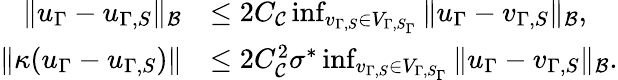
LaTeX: \begin{array}{rl}{\| u_{\Gamma}-u_{\Gamma,S}\| _{\mathcal{B}}}&{\leq 2C_{\mathcal{C}}\operatorname*{inf}_{v_{\Gamma,S}\in V_{\Gamma,S_{\Gamma}}}\| u_{\Gamma}-v_{\Gamma,S}\| _{\mathcal{B}},}\\ {\| \kappa(u_{\Gamma}-u_{\Gamma,S})\| }&{\leq 2C_{\mathcal{C}}^{2}\sigma^{*}\operatorname*{inf}_{v_{\Gamma,S}\in V_{\Gamma,S_{\Gamma}}}\| u_{\Gamma}-v_{\Gamma,S}\| _{\mathcal{B}}.}\end{array}